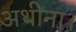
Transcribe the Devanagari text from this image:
अथीना।